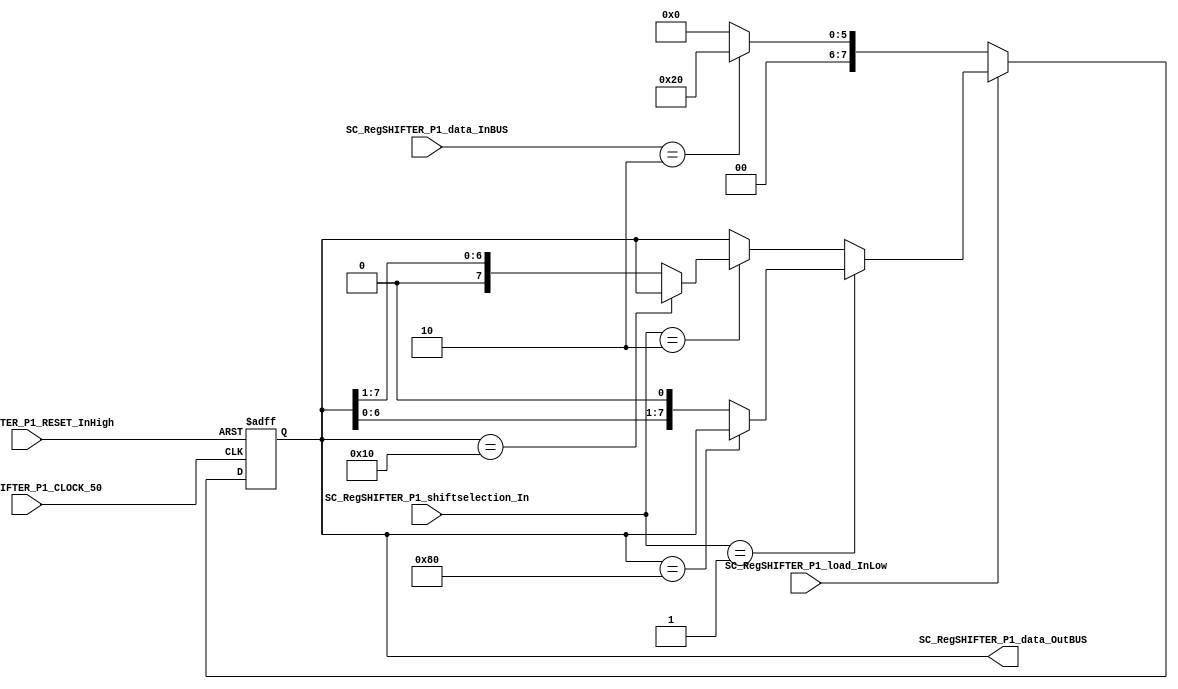
/*######################################################################
//#	G0B1T: HDL EXAMPLES. 2018.
//######################################################################
//# Copyright (C) 2018. F.E.Segura-Quijano (FES) fsegura@uniandes.edu.co
//# 
//# This program is free software: you can redistribute it and/or modify
//# it under the terms of the GNU General Public License as published by
//# the Free Software Foundation, version 3 of the License.
//#
//# This program is distributed in the hope that it will be useful,
//# but WITHOUT ANY WARRANTY; without even the implied warranty of
//# MERCHANTABILITY or FITNESS FOR A PARTICULAR PURPOSE.  See the
//# GNU General Public License for more details.
//#
//# You should have received a copy of the GNU General Public License
//# along with this program.  If not, see <http://www.gnu.org/licenses/>
//####################################################################*/
//=======================================================
//  MODULE Definition
//=======================================================
module SC_RegSHIFTER_P1 #(parameter RegSHIFTER_DATAWIDTH=8)(
	//////////// OUTPUTS //////////
	SC_RegSHIFTER_P1_data_OutBUS,
	//////////// INPUTS //////////
	SC_RegSHIFTER_P1_CLOCK_50,
	SC_RegSHIFTER_P1_RESET_InHigh,
	SC_RegSHIFTER_P1_load_InLow, 
	SC_RegSHIFTER_P1_shiftselection_In,
	SC_RegSHIFTER_P1_data_InBUS	
);
//=======================================================
//  PORT declarations
//=======================================================
output		[RegSHIFTER_DATAWIDTH-1:0]	SC_RegSHIFTER_P1_data_OutBUS;
input			SC_RegSHIFTER_P1_CLOCK_50;
input			SC_RegSHIFTER_P1_RESET_InHigh;
input			SC_RegSHIFTER_P1_load_InLow;	
input			[1:0] SC_RegSHIFTER_P1_shiftselection_In;
input			[RegSHIFTER_DATAWIDTH-1:0]	SC_RegSHIFTER_P1_data_InBUS;

//=======================================================
//  REG/WIRE declarations
//=======================================================
reg [RegSHIFTER_DATAWIDTH-1:0] RegSHIFTER_Register;
reg [RegSHIFTER_DATAWIDTH-1:0] RegSHIFTER_Signal;
//=======================================================
//  Structural coding
//=======================================================
//INPUT LOGIC: COMBINATIONAL
always @(*)
begin

	if (SC_RegSHIFTER_P1_load_InLow == 1'b0)begin
		if(SC_RegSHIFTER_P1_data_InBUS == 8'b00000010)
			RegSHIFTER_Signal = 8'b00100000;
		else 
			RegSHIFTER_Signal = 8'b00000000;
	end
		
	else if (SC_RegSHIFTER_P1_shiftselection_In == 2'b01) begin
		if(RegSHIFTER_Register == 8'b10000000)
			RegSHIFTER_Signal = RegSHIFTER_Register;  
		else 
			RegSHIFTER_Signal = RegSHIFTER_Register << 1'b1;  		
	end	
		
	else if (SC_RegSHIFTER_P1_shiftselection_In== 2'b10) begin 
		if(RegSHIFTER_Register == 8'b00010000)
			RegSHIFTER_Signal = RegSHIFTER_Register;  
		else 
			RegSHIFTER_Signal = RegSHIFTER_Register >> 1'b1;   
	end
	
	else
		RegSHIFTER_Signal = RegSHIFTER_Register;
end	
	
//STATE REGISTER: SEQUENTIAL
always @(posedge SC_RegSHIFTER_P1_CLOCK_50, posedge SC_RegSHIFTER_P1_RESET_InHigh)
begin
	if (SC_RegSHIFTER_P1_RESET_InHigh == 1'b1)
		RegSHIFTER_Register <= 0;
	else
		RegSHIFTER_Register <= RegSHIFTER_Signal;
end
//=======================================================
//  Outputs
//=======================================================
//OUTPUT LOGIC: COMBINATIONAL
assign SC_RegSHIFTER_P1_data_OutBUS = RegSHIFTER_Register;

endmodule